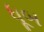
ધૂબ